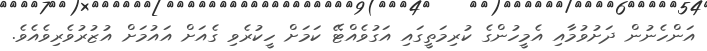
އަންހެނުން ދަށުވުމާއި އެމީހުންގެ ކުރިމަތީގައި އަގުވެއްޓޭ ކަމަށް ހީކުރެވި ގެއަށް އައުމަށް އުޒުރުވެރިވެއެވެ.